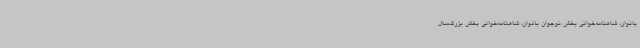
بانوان، شاهنامه‌خوانی بخش نوجوان بانوان، شاهنامه‌خوانی بخش بزرگ‌سال